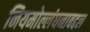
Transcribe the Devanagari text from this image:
नियमोल्लंघनाबद्दल